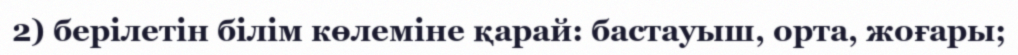
2) берілетін білім көлеміне қарай: бастауыш, орта, жоғары;